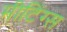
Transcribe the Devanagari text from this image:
मीटिंग्स